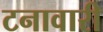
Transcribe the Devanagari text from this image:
टनावारी